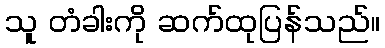
သူ တံခါးကို ဆက်ထုပြန်သည်။